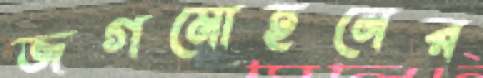
জগমোহনের